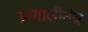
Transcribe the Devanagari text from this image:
प्रणालीतंत्र